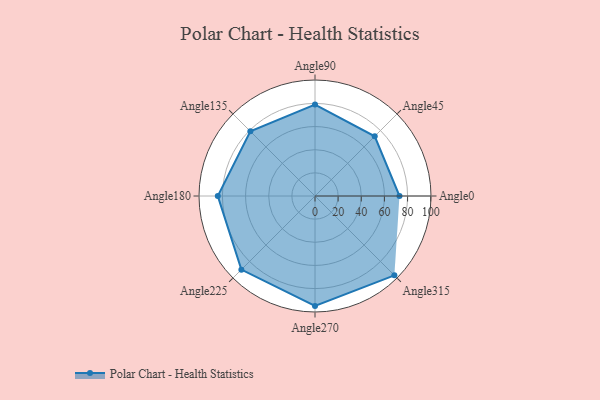
{"axis": {"x": "Angle", "y": "Radius"}, "legend": [""], "data": [{"x": "Angle0", "y": 73.0, "type": ""}, {"x": "Angle45", "y": 73.0, "type": ""}, {"x": "Angle90", "y": 79.0, "type": ""}, {"x": "Angle135", "y": 79.0, "type": ""}, {"x": "Angle180", "y": 84.0, "type": ""}, {"x": "Angle225", "y": 90.0, "type": ""}, {"x": "Angle270", "y": 95.0, "type": ""}, {"x": "Angle315", "y": 97.0, "type": ""}]}